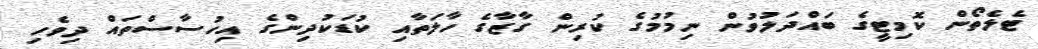
ޓެލެތޯން ކޮމިޓީގެ ބައްދަލުވުން ނިމުމުގެ ކުރިން ގާޒާގެ ހާލަތާއި ކުޑަކުދިންގެ އިހުސާސްތައް ދިވެހި